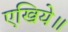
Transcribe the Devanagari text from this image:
एखिये॥